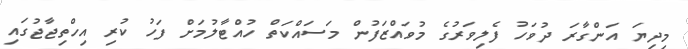
މިދިޔަ އަންގާރަ ދުވަހު ފެލިވަރުގެ މުވައްޒަފުން މަސައްކަތް ހުއްޓާލުމަށް ފަހު ކުރި އިހްތިޖާޖުގައި